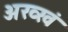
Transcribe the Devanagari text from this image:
अख्खं